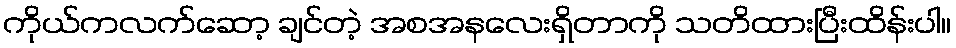
ကိုယ်ကလက်ဆော့ ချင်တဲ့ အစအနလေးရှိတာကို သတိထားပြီးထိန်းပါ။